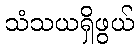
သံသယရှိဖွယ်